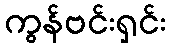
ကွန်ဗင်းရှင်း